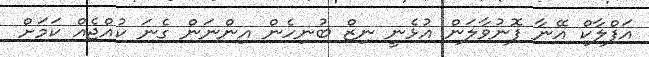
އަފްލާކް އޭނާ ފޮނުވާލަން އުޅެނީ ނިޒް ބުނިހެން އިންނަން ގެނަ ކުއްޖެއް ކަމަށް